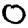
Digit: 0